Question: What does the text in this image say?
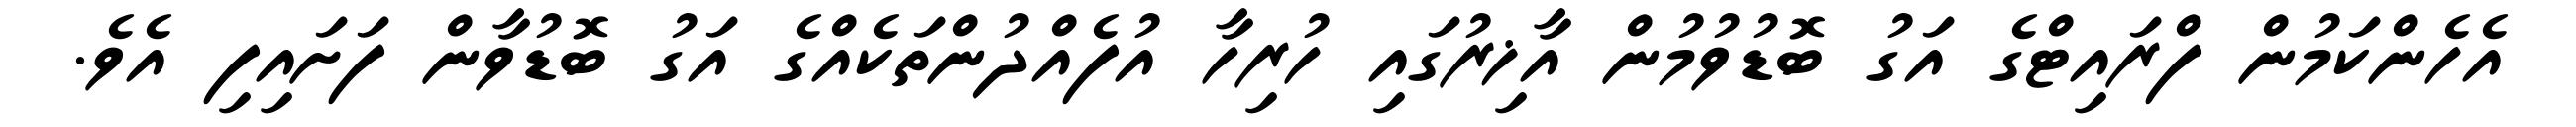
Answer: އެހެންކަމުން ފްރައިޓްގެ އަގު ބޮޑުވުމުން އާޚިރުގައި ހުރިހާ އުފެއްދުންތަކެއްގެ އަގު ބޮޑުވާން ފަށައިފި އެވެ.